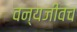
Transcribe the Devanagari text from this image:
वन्यजीवच